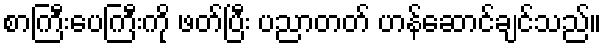
စာကြီးပေကြီးကို ဖတ်ပြီး ပညာတတ် ဟန်ဆောင်ချင်သည်။